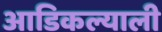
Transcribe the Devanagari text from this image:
आडिकल्याली